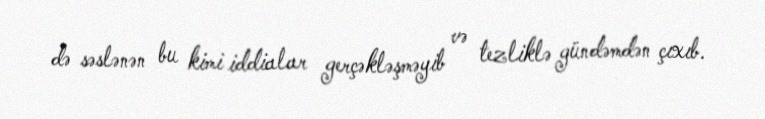
də səslənən bu kimi iddialar gerçəkləşməyib və tezliklə gündəmdən çıxıb.